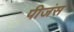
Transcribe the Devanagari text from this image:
पीजंस